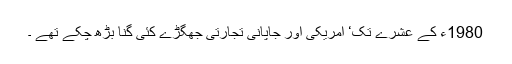
1980ء کے عشرے تک‘ امریکی اور جاپانی تجارتی جھگڑے کئی گنا بڑھ چکے تھے ۔